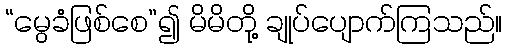
“မွေခံဖြစ်စေ”၍ မိမိတို့ ချုပ်ပျောက်ကြသည်။